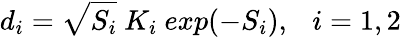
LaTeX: d_{i}=\sqrt{S_{i}}\ K_{i}\ exp(-S_{i}),\ \ \ i=1,2